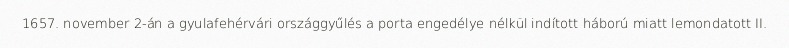
1657. november 2-án a gyulafehérvári országgyűlés a porta engedélye nélkül indított háború miatt lemondatott II.